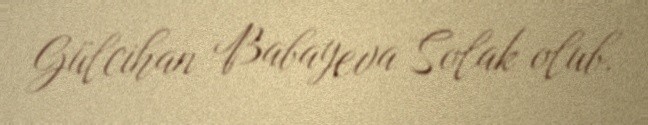
Gülcihan Babayeva Solak olub.